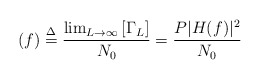
\begin{align*}(f) \buildrel \Delta \over = \frac{\lim_{L\to\infty} \left[ \Gamma_{L}\right]}{N_{0}} = \frac{P|H(f)|^{2}}{N_{0}}\end{align*}